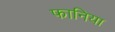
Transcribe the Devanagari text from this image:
फानिया